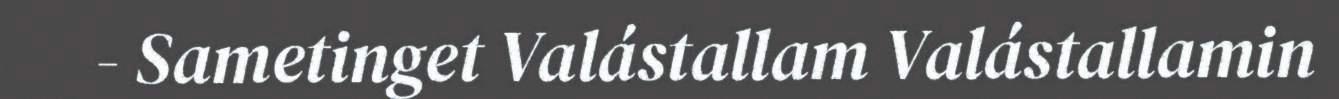
- Sametinget Valástallam Valástallamin